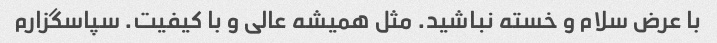
با عرض سلام و خسته نباشید. مثل همیشه عالی و با کیفیت. سپاسگزارم